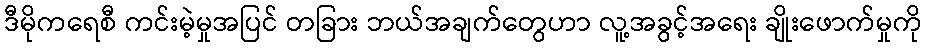
ဒီမိုကရေစီ ကင်းမဲ့မှုအပြင် တခြား ဘယ်အချက်တွေဟာ လူ့အခွင့်အရေး ချိုးဖောက်မှုကို